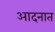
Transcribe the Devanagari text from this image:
आदनात